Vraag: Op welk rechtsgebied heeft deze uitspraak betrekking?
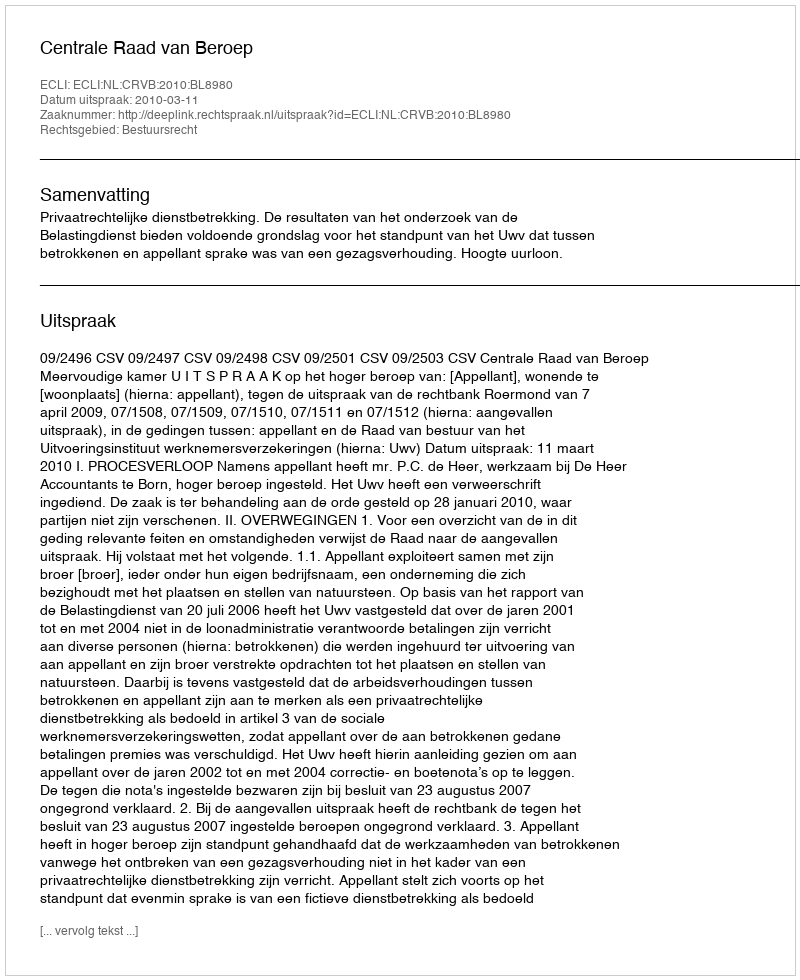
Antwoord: Bestuursrecht